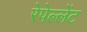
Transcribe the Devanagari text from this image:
रेपेल्लेंट